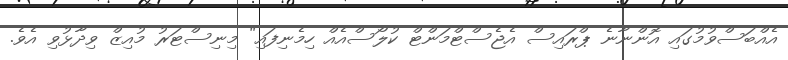
އެއްބަސްވުމުގައި އޮންނާނެ ޕްރައިސް އެޖެސްޓްމަންޓް ކުލޯސްއެއް ހިމެނިފައި" މިނިސްޓަރު މުއިޒް ވިދާޅުވި އެވެ.